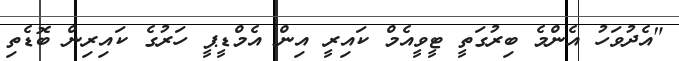
"އެދުވަހު އެންމެ ބިރުގަތީ ޓީވީއެމް ކައިރީ އިން އެމްޑީޕީ ހަރުގެ ކައިރިން ބޮޑެތި